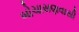
બોચાસણવાસી